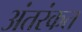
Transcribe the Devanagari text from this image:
अंतरंकत